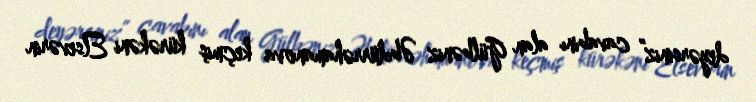
deyərsiniz” cavabını alan Gülbəniz Əbdürrəhamanova keçmiş kürəkəni Elsevərin